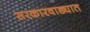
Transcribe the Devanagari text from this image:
सरकारवाड्यात